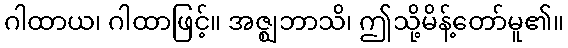
ဂါထာယ၊ ဂါထာဖြင့်။ အဇ္ဈဘာသိ၊ ဤသို့မိန့်တော်မူ၏။